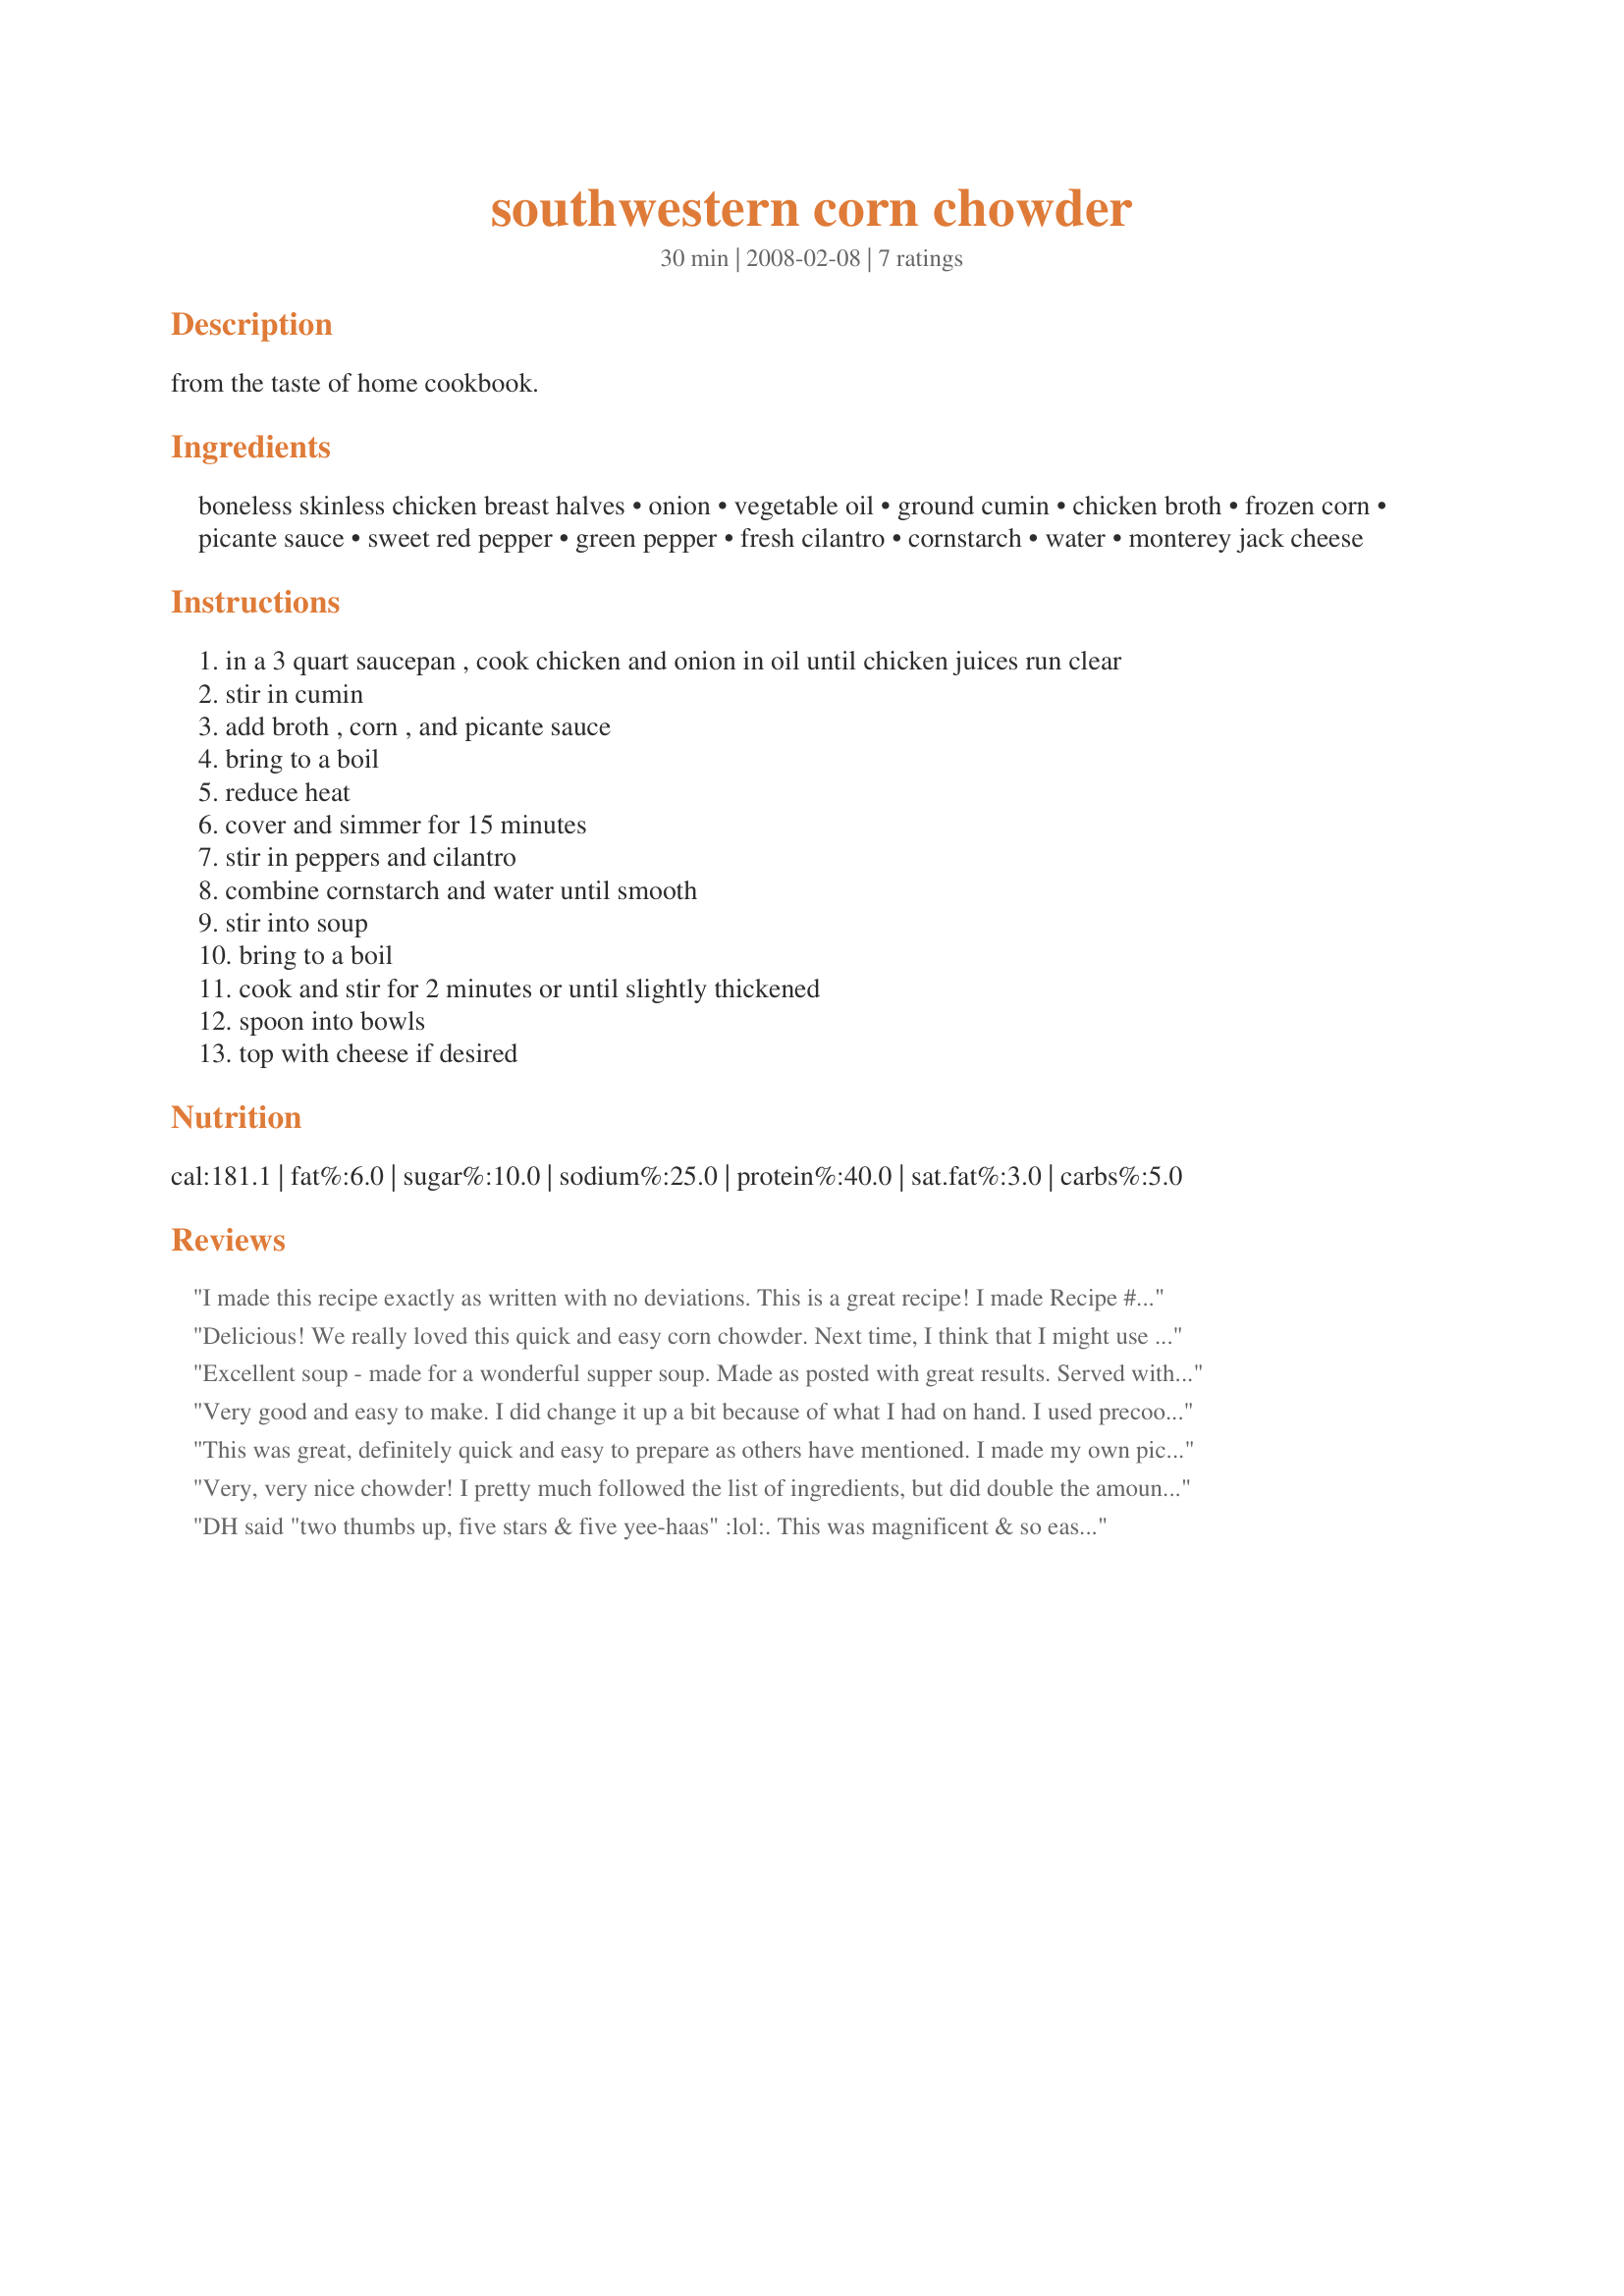
southwestern corn chowder
Preparation time: 30 minutes

from the taste of home cookbook.

Ingredients:
boneless skinless chicken breast halves, onion, vegetable oil, ground cumin, chicken broth, frozen corn, picante sauce, sweet red pepper, green pepper, fresh cilantro, cornstarch, water, monterey jack cheese

Steps:
in a 3 quart saucepan , cook chicken and onion in oil until chicken juices run clear
stir in cumin
add broth , corn , and picante sauce
bring to a boil
reduce heat
cover and simmer for 15 minutes
stir in peppers and cilantro
combine cornstarch and water until smooth
stir into soup
bring to a boil
cook and stir for 2 minutes or until slightly thickened
spoon into bowls
top with cheese if desired

Reviews:
I made this recipe exactly as written with no deviations. This is a great recipe! I made Recipe #281399 as an appetizer and then served this delicious soup. It left us with that warm, satisfied feeling in the tummy you get when it's chilly out and you are tired and you just want to relax. I did remove my portion of the soup before I added the cilantro at the very end, as I detest it. However, I tasted hublet's portion and it was really good.
Delicious! We really loved this quick and easy corn chowder. Next time, I think that I might use only half of the amount of cumin called for in the recipe. I'm a huge lover of cumin and thought it was fine, but others in my family thought it was a little too overpowering. This chowder would also be great topped with crushed tortilla chips. Thank you for sharing this wonderul recipe.
*Made for PAC Spring '08*
Excellent soup - made for a wonderful supper soup. Made as posted with great results. Served with crusty rolls. Have added this to my soup collection. I love 'Southwestern' soups! Thank you for sharing.
Very good and easy to make. I did change it up a bit because of what I had on hand. I used precooked chicken and 1/2 cup of frozen cut onions. I didn't cook them in oil. I just added them to the pan. I used 32 ounces of chicken broth and an 11 ounce can of corn (I'm not a fan of frozen veggies). I also only had green pepper so I used a cup of that. Everything esle I followed. This had just the perfect amount of heat for me. I am a whimp when it comes to spicy but this was just right. I did top our servings with mexican blend cheese. Very good and even better when it sat and the flavors melded.
This was great, definitely quick and easy to prepare as others have mentioned. I made my own picante sauce to use. The soup was really nice - warm and filling, with a wonderful flavor. Thanks for sharing!
Very, very nice chowder! I pretty much followed the list of ingredients, but did double the amount of corn that the recipe called for, & also used a mile picante sauce! A keeper for sure! [Tagged, made & reviewed for Newest Zaar Tag, 08A, cooking game]
DH said "two thumbs up, five stars & five yee-haas" :lol:. This was magnificent & so easy to make. I followed the recipe with a couple of changes - no cumin in the cupboard, so added a healthy dose of Mexican Chili Powder, used a jar of medium chunky salsa instead of picante sauce & added a little dried cilantro instead of fresh. We both loved this recipe & it will be a regular, easy meal for us. Thanks Scarlett for sharing this keeper.
